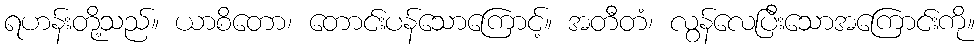
ရဟန်းတို့သည်။ ယာစိတော၊ တောင်းပန်သောကြောင့်။ အတီတံ၊ လွန်လေပြီးသောအကြောင်းကို။